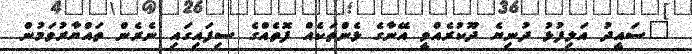
"ސައީދު އަލިފުޅު ދުނިޔެ ދޫކުރެއްވީ އޭނާގެ ޅެންތަކެއް ފޮތެއްގެ ސިފައިގައި ނެރެން ތައްޔާރުވަމުން